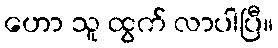
ဟော သူ ထွက် လာပါပြီ။